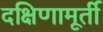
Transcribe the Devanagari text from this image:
दक्षिणामूर्ती